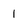
Character: 1